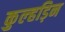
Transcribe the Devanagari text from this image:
कुल्‍हड़िन